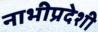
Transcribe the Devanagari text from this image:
नाभीप्रदेशी